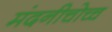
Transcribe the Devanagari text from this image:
मंदनीचोच्च